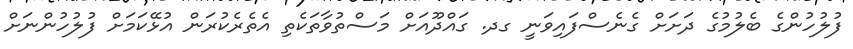
ފުލުހުންގެ ބެލުމުގެ ދަށަށް ގެެނެސްފައިވަނީ ގދ. ގައްދޫއަށް މަސްތުވާތަކެތި އެތެރެކުރަން އުޅޭކަމަށް ފުލުހުންނަށް